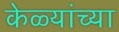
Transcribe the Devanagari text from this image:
केळ्यांच्या